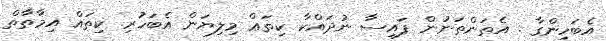
އެބަހިންގާ . އެތަންތަނުން ފައިސާ ނުދައްކާ ކިތަޢް މިލިޔަން އެބަހުރި. ކިތައް އިމާތާތް